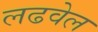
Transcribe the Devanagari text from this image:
लढवेल